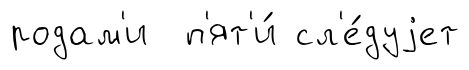
родам'и п'ят'и́ сл'е́дуjет